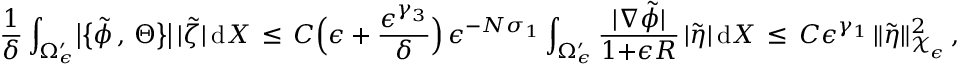
\frac { 1 } { \delta } \int _ { \Omega _ { \epsilon } ^ { \prime } } \bigl | \bigl \{ \tilde { \phi } \, , \, \Theta \bigr \} \bigr | \, | \tilde { \zeta } | \, \mathrm { d } X \, \le \, C \Bigl ( \epsilon + \frac { \epsilon ^ { \gamma _ { 3 } } } { \delta } \Bigr ) \, \epsilon ^ { - N \sigma _ { 1 } } \int _ { \Omega _ { \epsilon } ^ { \prime } } \frac { | \nabla \tilde { \phi } | } { 1 { + } \epsilon R } \, | \tilde { \eta } | \, \mathrm { d } X \, \le \, C \epsilon ^ { \gamma _ { 1 } } \, \| \tilde { \eta } \| _ { \mathcal { X } _ { \epsilon } } ^ { 2 } \, ,